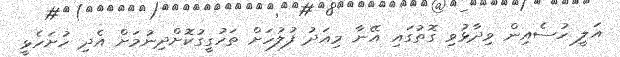
އަލީ ހުސެއިން ވިދާޅުވި ގޮތުގައި އޭނާ މިއަދު ފުލުހަށް ތަހުގީގުކޮށްދިނުމަށް އެދި ހުށަހެޅީ